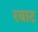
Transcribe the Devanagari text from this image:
रबाट